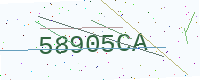
Text: 58905CA